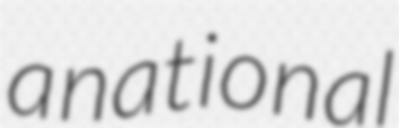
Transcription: a national